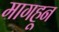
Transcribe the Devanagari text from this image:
मागहून